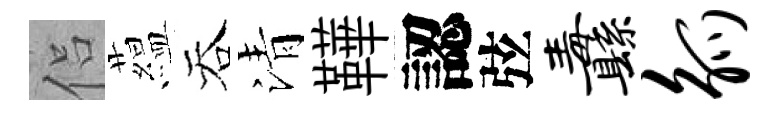
侣藴吞清鞾認弦纛觚